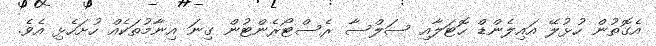
އެގޮތުން ހުޅުލޭ އައިލެންޑް ހޮޓަލާއި ސަލްސާ ރެސްޓޯރެންޓުން ގިނަ އިނާމުތަކެއް ހުށަހެޅި އެވެ.